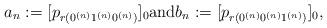
LaTeX: \begin{align*}a_n := [p_{r(0^{(n)}1^{(n)}0^{(n)})}]_0 \mbox{and} b_n := [p_{r(0^{(n)}0^{(n)}1^{(n)})}]_0, \end{align*}